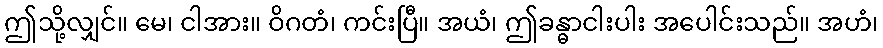
ဤသို့လျှင်။ မေ၊ ငါအား။ ဝိဂတံ၊ ကင်းပြီ။ အယံ၊ ဤခန္ဓာငါးပါး အပေါင်းသည်။ အဟံ၊